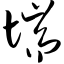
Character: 惴